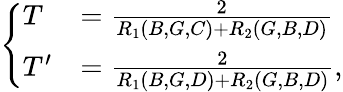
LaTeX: \left\{ \begin{array}{ll}{T}&{=\frac{2}{R_{1}(B,G,C)+R_{2}(G,B,D)}}\\ {T^{\prime}}&{=\frac{2}{R_{1}(B,G,D)+R_{2}(G,B,D)},}\end{array}\right.